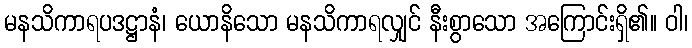
မနသိကာရပဒဋ္ဌာနံ၊ ယောနိသော မနသိကာရလျှင် နီးစွာသော အကြောင်းရှိ၏။ ဝါ၊